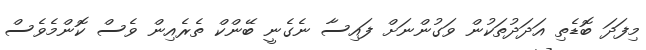
މިފަދަ ބޮޑެތި އަދަދުތަކުން ވަގުންނަށް ފައިސާ ނެގެނީ ބޭންކް ތެރެއިން ވެސް ކޮންމެވެސް